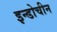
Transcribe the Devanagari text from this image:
इन्डोचीन